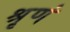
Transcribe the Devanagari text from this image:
श्रृणं